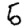
Digit: 5